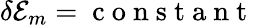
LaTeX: \delta\mathcal{E}_{m}=\mathrm{~c~o~n~s~t~a~n~t~}